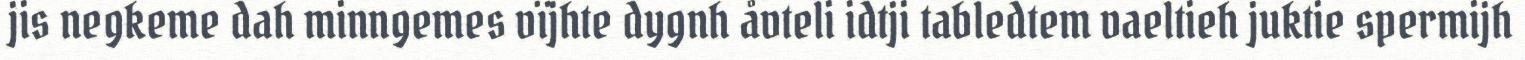
jis negkeme dah minngemes vïjhte dygnh åvteli idtji tabledtem vaeltieh juktie spermijh